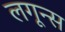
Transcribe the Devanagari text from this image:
लगून्स